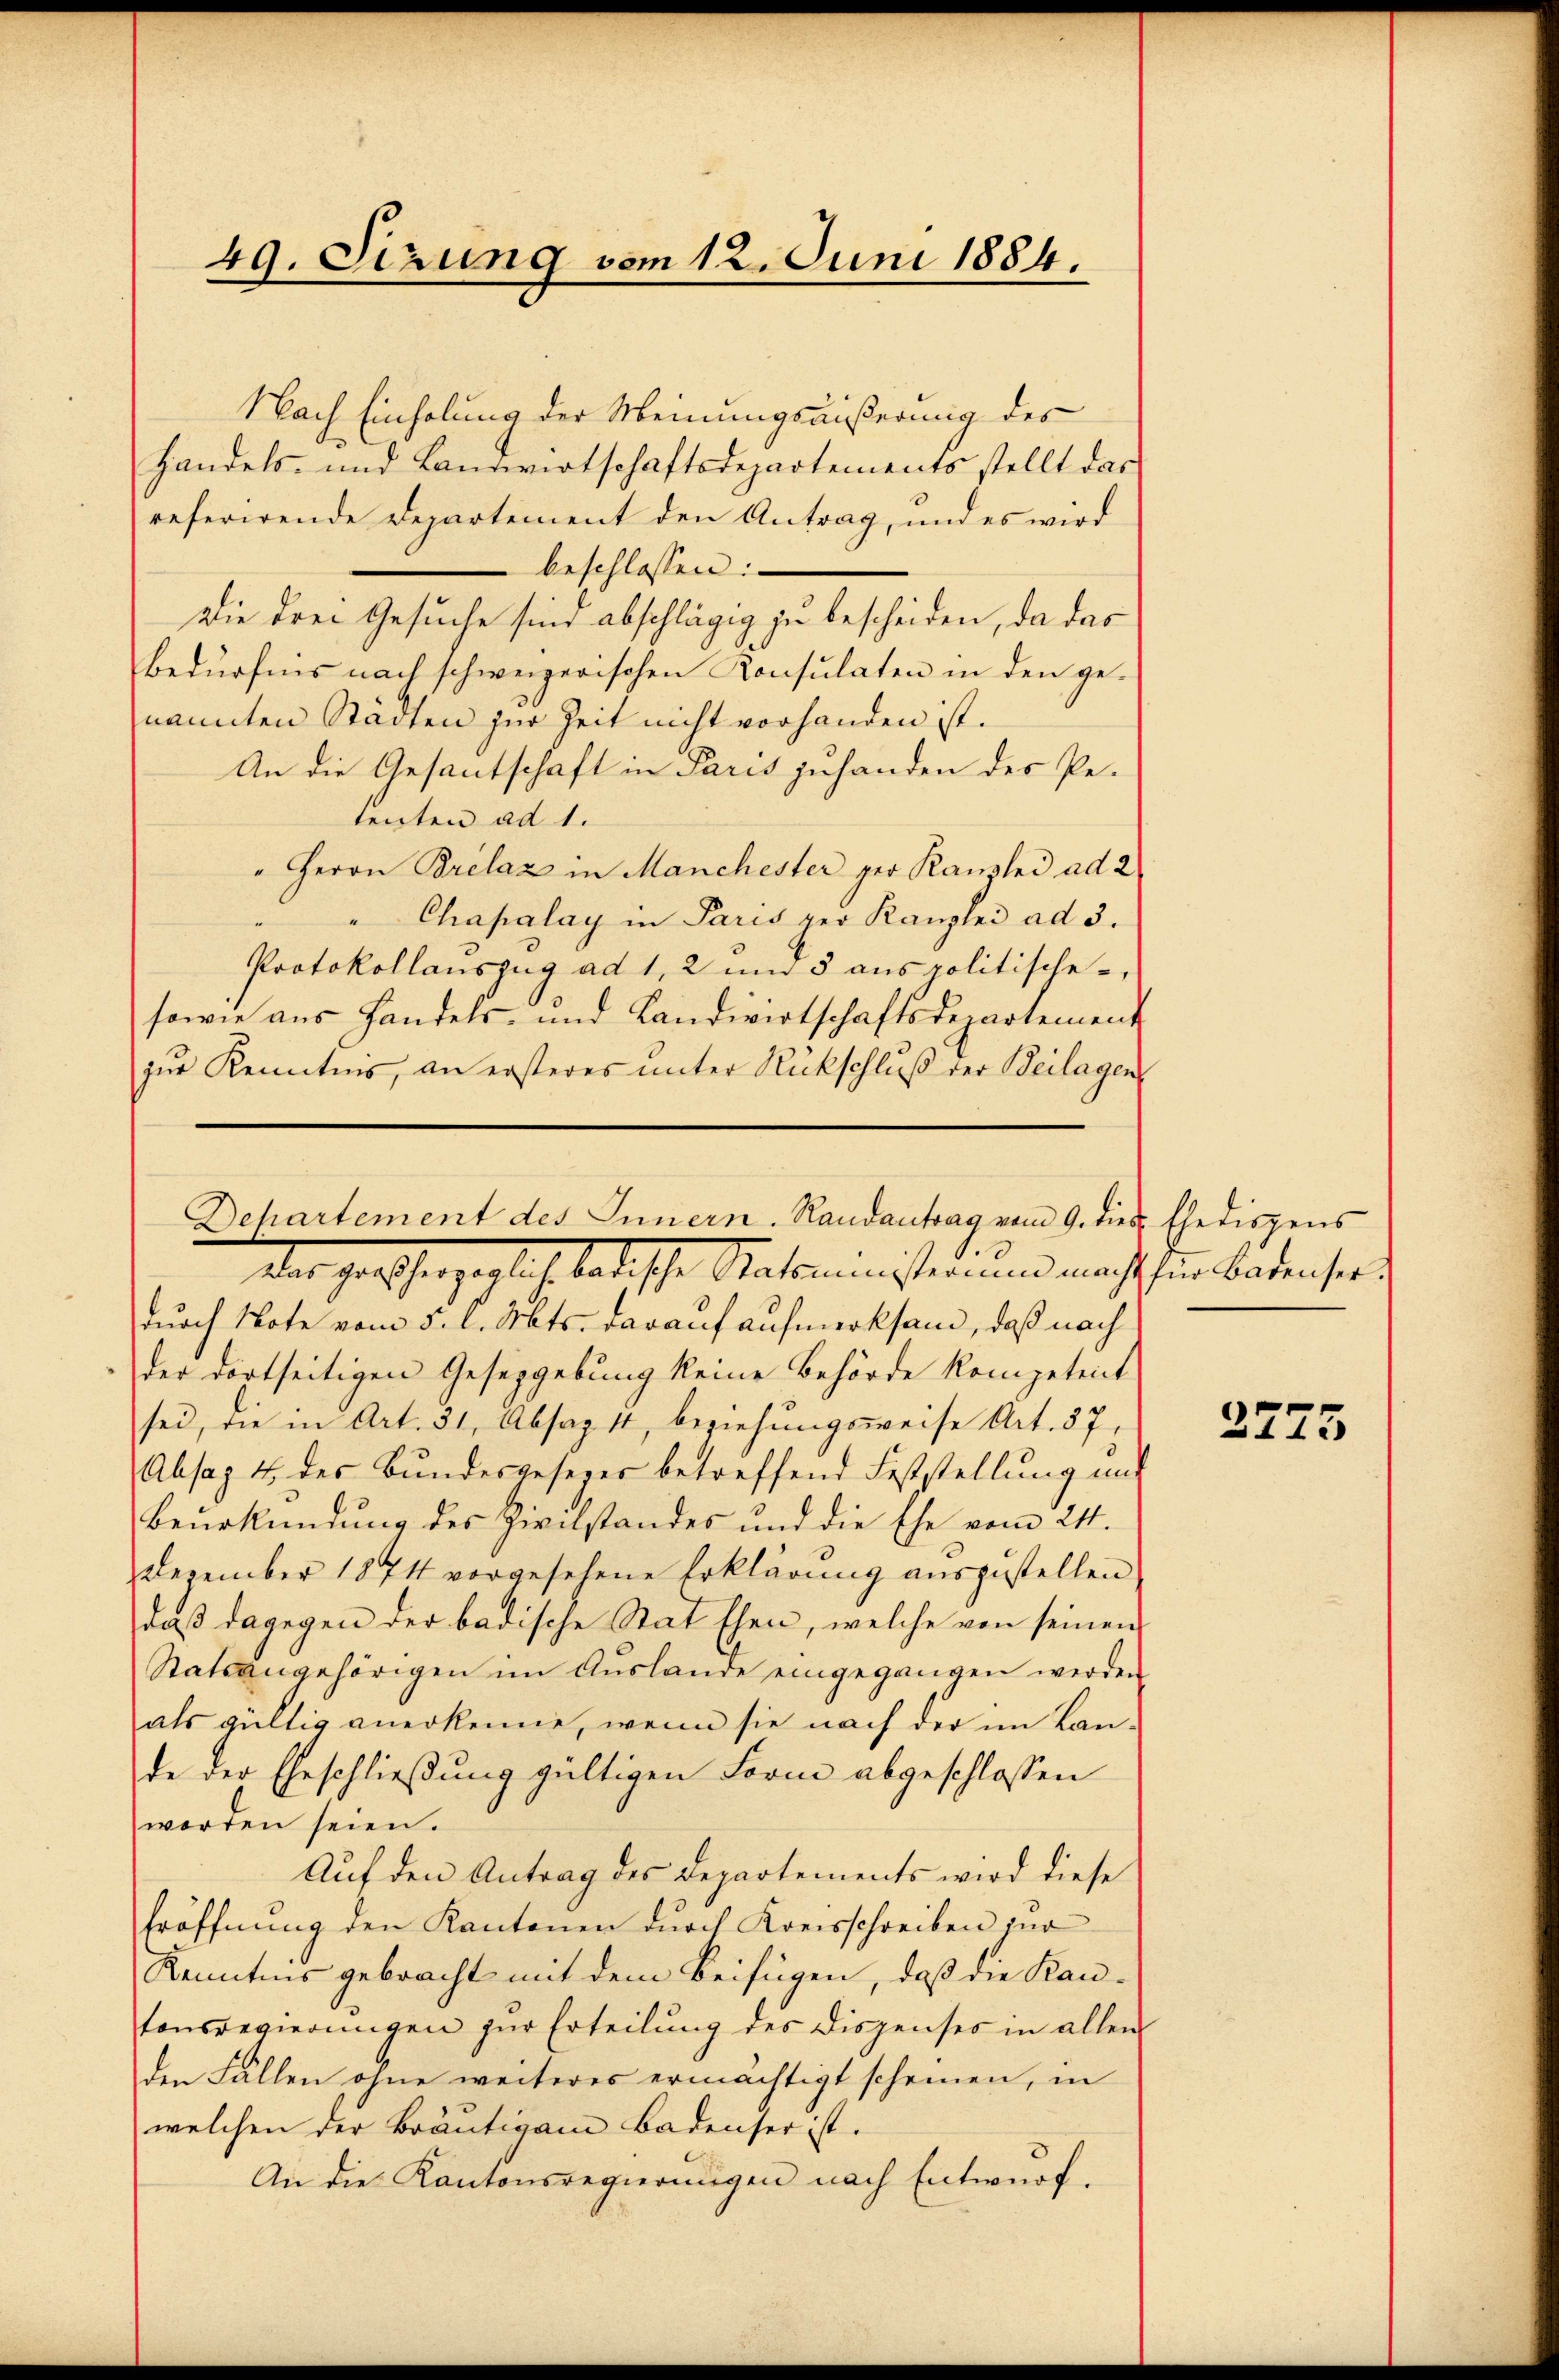
49. Sizung vom 12. Juni 1884.

Nach Einholung der Meinungsäußerung des
Handels- und Landwirtschaftsdepartements stellt das
referirende Departement den Antrag, und es wird
beschlossen:
Die drei Gesuche sind abschlägig zu bescheiden, da das
Bedürfnis nach schweizerischen Konsulaten in den genannten Städten zur Zeit nicht vorhanden ist.
An die Gesantschaft in Paris zuhanden des Peteigten ad 1.
"Herrn Brelaz in Manchester ger Kanzlei ad 2
"Chapalay in Paris per Kanzlei ad 3.
Protokollauszug ad 1, 2 um 5 aus politische
sowie aus Handels- und Landwirtschaftsdepartement
zur Kenntnis, an ersteres unter Rückschluß der Beilagen

Dehartement des Innern. Randantrag vom 9. dies Ehedispens

her gescherzoglich tratische Natominister und macht hien Badenser
durch Note vom 5. l. Mts. darauf aufmerksam, daß nach
der dortseitigen Gesetzgebung keine Behörde kompetent
sei, die in Art. 31, Absag 14, beziehungsweise Art. 57
Absag 4. des Bundesgesezes betreffend Feststellung und
Beurkundung des Zivilstandes und die Ehe vom 21.
Dezember 1874 vorgesehene Erklärung auszustellen
daß dagegen der badische Stat Ehen, welche von seinen
Statsangehörigen im Auslande eingegangen werden
als gültig anerkenne, wenn sie nach der im Lan-
de der Eheschließung gültigen Form abgeschlossen
worden seien.
Auf den Antrag des Departements wird diese
Eröffnung den Kantonen durch Kreisschreiben für
Kenntnis gebracht mit dem Beifügen, daß die Kantonsregierŭngen zŭr Erteilŭng des Dispenses in allen
den Fällen ohne weiteres ermächtigt scheinen, in
welchen der Bräutigam Badenser ist.
An die Kantonsregierungen nach Entwurf.

2775